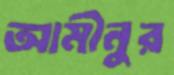
আমীনুর